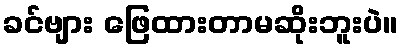
ခင်ဗျား ဖြေထားတာမဆိုးဘူးပဲ။